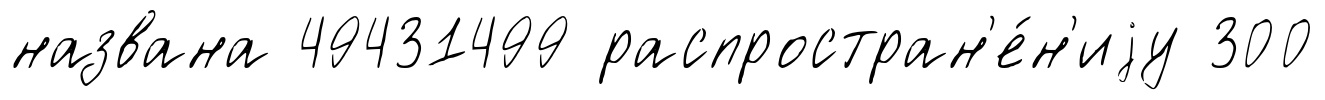
названа 49431499 распростран'е́н'иjу 300